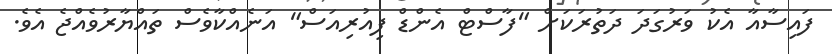
ފައިސާއާ އެކު ވަރުގަދަ ދަތުރަކަށް "ފާސްޓް އެންޑް ފިއުރިއަސް" އަނެއްކާވެސް ތައްޔާރުވެއްޖެ އެވެ.